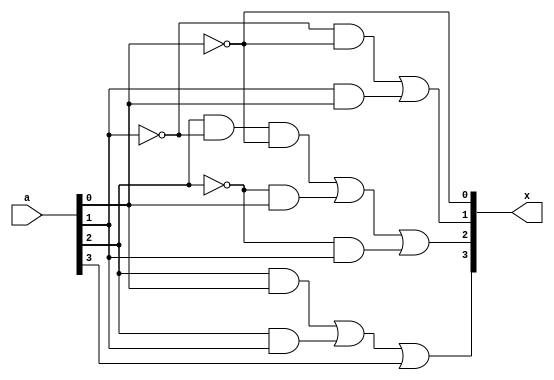
//gate level description of bcd to excess-3 convertor
module bcd_to_excess_3_dataflow(x, a);
    output [3:0] x;
    input [3:0] a;
    
    //a = a[3], b = a[2], c = a[1], d = a[0]
    //w = bd + bc + a
    assign x[3] = a[2]&a[0] | a[2]&a[1] | a[3];
    //x = bc'd' + b'd + b'c
    assign x[2] = a[2]&(~a[1])&(~a[0]) | (~a[2])&a[0] | (~a[2])&a[1];
    //y = c'd' + cd
    assign x[1] = (~a[1])&(~a[0]) | a[1]&a[0];
    //z = d'
    assign x[0] = ~a[0];

endmodule

module bcd_to_excess_3_dataflow_tb;
    reg [3:0] in;
    wire [3:0] f;
    //Instantiate UUT
    bcd_to_excess_3_dataflow UUT(f, in);

    //stimulus block
    initial
        begin
            in = 4'b0000;
            repeat(9) #10 in = in + 1'b1;
        end
    initial $monitor("input = %b, output = %b", in, f);
endmodule